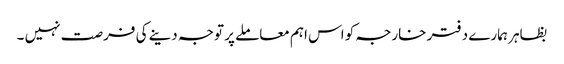
بظاہر ہمارے دفتر خارجہ کو اس اہم معاملے پر توجہ دینے کی فرصت نہیں ۔